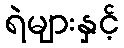
ရဲများနှင့်